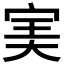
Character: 𡨒